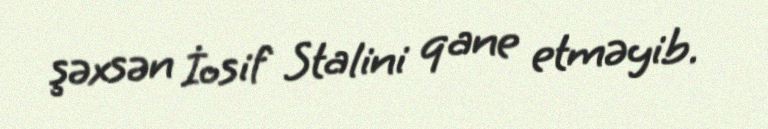
şəxsən İosif Stalini qane etməyib.